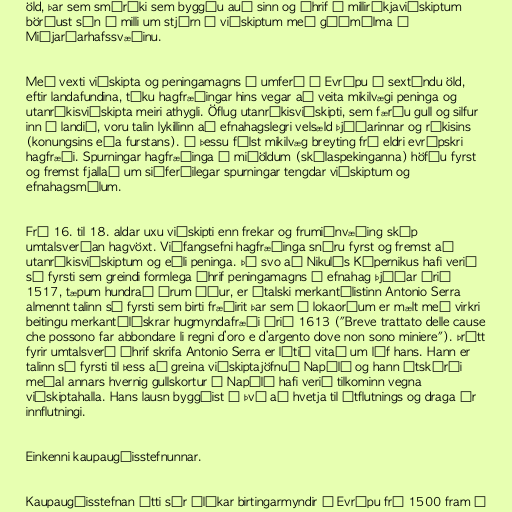
öld, þar sem smáríki sem byggðu auð sinn og áhrif á milliríkjaviðskiptum
börðust sín á milli um stjórn á viðskiptum með góðmálma á
Miðjarðarhafssvæðinu.

Með vexti viðskipta og peningamagns í umferð í Evrópu á sextándu öld,
eftir landafundina, tóku hagfræðingar hins vegar að veita mikilvægi peninga og
utanríkisviðskipta meiri athygli. Öflug utanríkisviðskipti, sem færðu gull og silfur
inn í landið, voru talin lykillinn að efnahagslegri velsæld þjóðarinnar og ríkisins
(konungsins eða furstans). Í þessu fólst mikilvæg breyting frá eldri evrópskri
hagfræði. Spurningar hagfræðinga á miðöldum (skólaspekinganna) höfðu fyrst
og fremst fjallað um siðferðilegar spurningar tengdar viðskiptum og
efnahagsmálum.

Frá 16. til 18. aldar uxu viðskipti enn frekar og frumiðnvæðing skóp
umtalsverðan hagvöxt. Viðfangsefni hagfræðinga snéru fyrst og fremst að
utanríkisviðskiptum og eðli peninga. Þó svo að Nikulás Kópernikus hafi verið
sá fyrsti sem greindi formlega áhrif peningamagns á efnahag þjóðar árið
1517, tæpum hundrað árum áður, er ítalski merkantílistinn Antonio Serra
almennt talinn sá fyrsti sem birti fræðirit þar sem í lokaorðum er mælt með virkri
beitingu merkantílískrar hugmyndafræði árið 1613 ("Breve trattato delle cause
che possono far abbondare li regni d’oro e d’argento dove non sono miniere"). Þrátt
fyrir umtalsverð áhrif skrifa Antonio Serra er lítið vitað um líf hans. Hann er
talinn sá fyrsti til þess að greina viðskiptajöfnuð Napólí og hann útskýrði
meðal annars hvernig gullskortur í Napólí hafi verið tilkominn vegna
viðskiptahalla. Hans lausn byggðist á því að hvetja til útflutnings og draga úr
innflutningi.

Einkenni kaupaugðisstefnunnar.

Kaupaugðisstefnan átti sér ólíkar birtingarmyndir í Evrópu frá 1500 fram á